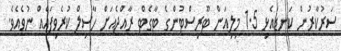
ސަރުކާރުން ކަނޑައެޅި 1.5 މިލިއަން ޓޫރިސްޓުންގެ ޓާގެޓް ރާއްޖެއަށް ހާސިލް ކުރެވިފައެއް ނުވެއެވެ.